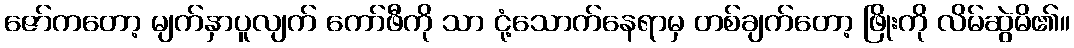
ဇော်ကတော့ မျက်နှာပူလျက် ကော်ဖီကို သာ ငုံ့သောက်နေရာမှ တစ်ချက်တော့ ဖြိုးကို လိမ်ဆွဲမိ၏။